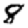
Digit: 8